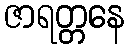
ဇာရတ္တနေ